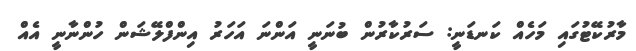
މާރުކޭޓުގައި މަހެއް ކަނޑަނީ: ސަރުކާރުން ބުނަނީ އަންނަ އަހަރު އިންފްލޭޝަން ހުންނާނީ އެއް